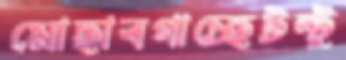
মোছাবগাচ্ছেটন্টু